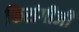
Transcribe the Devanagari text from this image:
फिरांगीजी